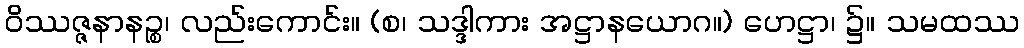
ဝိဿဇ္ဇနာနဉ္စ၊ လည်းကောင်း။ (စ၊ သဒ္ဒါကား အဋ္ဌာနယောဂ။) ဟေဋ္ဌာ၊ ၌။ သမထဿ